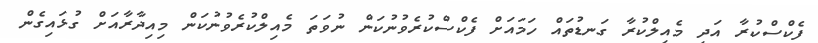
ފެކްސްކުރާ އަދި މެއިލްކުރާ ގަނޑުތައް ހަމައަށް ފެކްސްކުރެވުނުކަން ނުވަތަ މެއިލްކުރެވުނުކަން މިއިދާރާއަށް ގުޅައިގެން